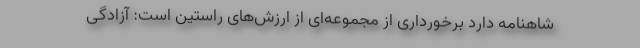
شاهنامه دارد برخورداری از مجموعه‌ای از ارزش‌های راستین است: آزادگی